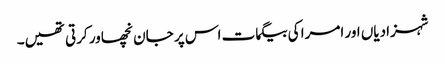
شہزادیاں اور امرا کی بیگمات اس پر جان نچھاور کرتی تھیں۔